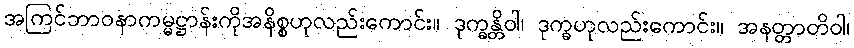
အကြင်ဘာဝနာကမ္မဋ္ဌာန်းကိုအနိစ္စဟုလည်းကောင်း။ ဒုက္ခန္တိဝါ၊ ဒုက္ခဟုလည်းကောင်း။ အနတ္တာတိဝါ၊